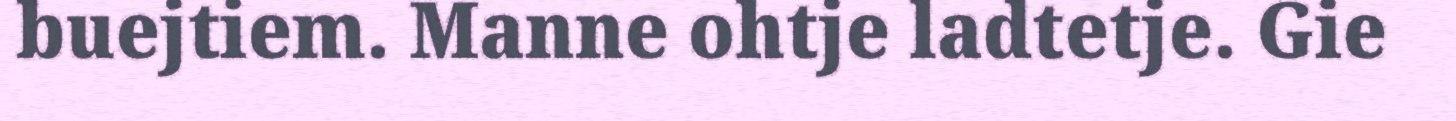
buejtiem. Manne ohtje ladtetje. Gie